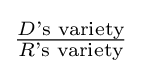
{\tfrac {D{\text{'s variety}}}{R{\text{'s variety}}}}